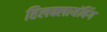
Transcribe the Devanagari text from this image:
हिलक्लायंबिंग